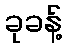
ခုခန့်